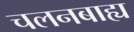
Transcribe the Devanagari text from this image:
चलनबाह्य